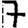
Digit: 7